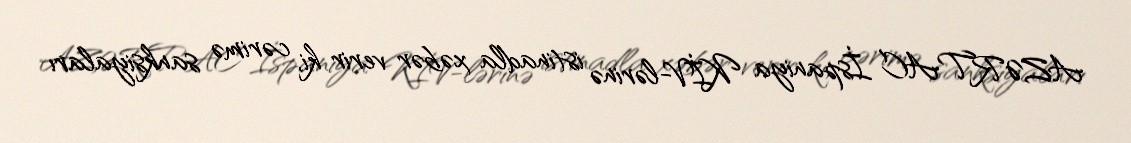
AZƏRTAC İspaniya KİV-lərinə istinadla xəbər verir ki, cərimə sanksiyaları